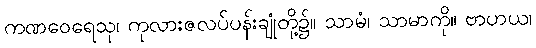
ကဏဝေရေသု၊ ကုလားဇလပ်ပန်းချုံတို့၌။ သာမံ၊ သာမာကို။ ဗာဟယ၊